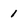
Character: 1